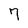
Character: 7